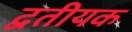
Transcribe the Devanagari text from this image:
द्वतीयक